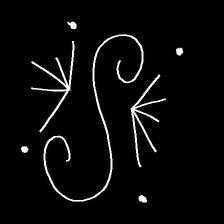
Glyph: aeroform